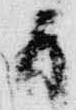
日